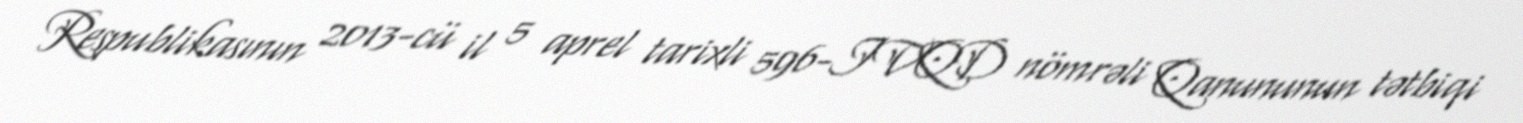
Respublikasının 2013-cü il 5 aprel tarixli 596-IVQD nömrəli Qanununun tətbiqi